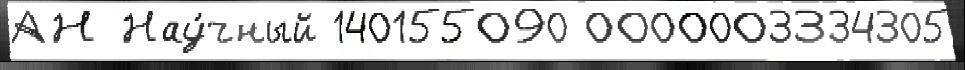
АН Нау́чный 140155090 0000003334305